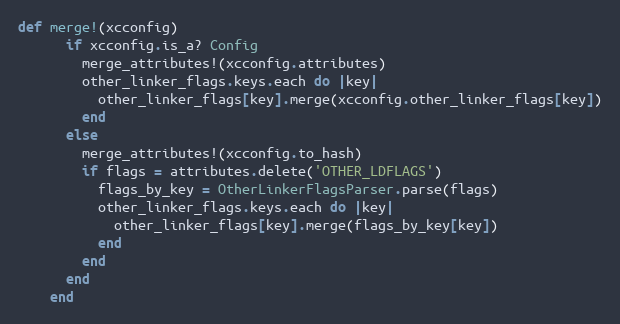
Language: Ruby
def merge!(xcconfig)
      if xcconfig.is_a? Config
        merge_attributes!(xcconfig.attributes)
        other_linker_flags.keys.each do |key|
          other_linker_flags[key].merge(xcconfig.other_linker_flags[key])
        end
      else
        merge_attributes!(xcconfig.to_hash)
        if flags = attributes.delete('OTHER_LDFLAGS')
          flags_by_key = OtherLinkerFlagsParser.parse(flags)
          other_linker_flags.keys.each do |key|
            other_linker_flags[key].merge(flags_by_key[key])
          end
        end
      end
    end